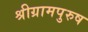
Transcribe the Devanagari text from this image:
श्रीग्रामपुरुष